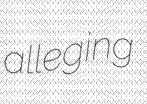
alleging